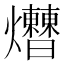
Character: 𤓗